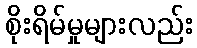
စိုးရိမ်မှုများလည်း